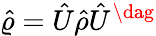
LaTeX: \hat{\varrho}=\hat{U}\hat{\rho}\hat{U}^{\dag}